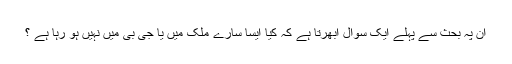
ان پہ بحث سے پہلے ایک سوال ابھرتا ہے کہ کیا ایسا سارے ملک میں یا جی بی میں نہیں ہو رہا ہے ؟